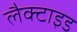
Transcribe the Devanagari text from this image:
लैक्टाइड